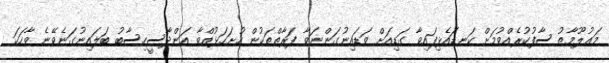
މަޢުލޫމާތު ސާފުކުރެއްވުމަށް ކަނޑައެޅިފައިވާ ގަޑިއަށް ވަޑައިނުގަންނަވާ ފަރާތްތަކުން ހުށަހަޅުއްވާ އަންދާސީހިސާބު ބަލައިނުގަނެވޭނެ ވާހަކަ